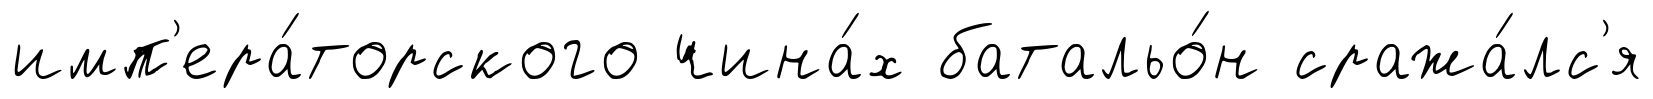
имп'ера́торского чина́х батальо́н сража́лс'я